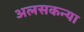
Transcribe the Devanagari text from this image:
अलसकन्या